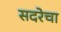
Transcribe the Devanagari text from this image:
सदरेचा